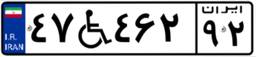
۴۷W۴۶۲۹۲